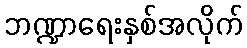
ဘဏ္ဍာရေးနှစ်အလိုက်